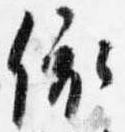
依